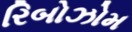
રિબોઝોમ